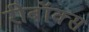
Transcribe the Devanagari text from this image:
रीबॉक्स